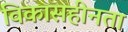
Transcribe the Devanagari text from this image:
विकासहीनता